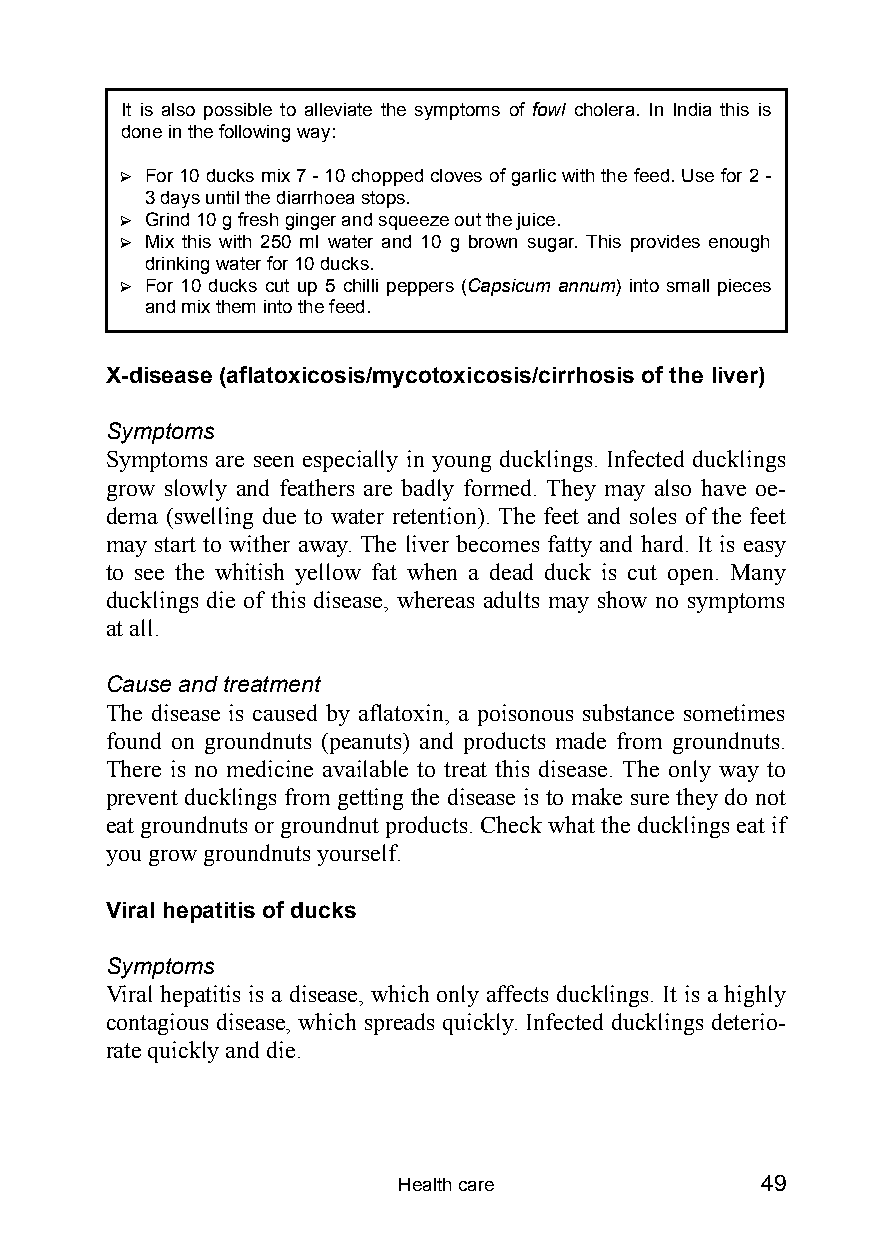
It is also possible to alleviate the symptoms of fowl cholera. In India this is
 done in the following way:
 ? For 10 ducks mix 7 - 10 chopped cloves of garlic with the feed. Use for 2 -
 3 days until the diarrhoea stops.
 ? Grind 10 g fresh ginger and squeeze out the juice.
 ? Mix this with 250 ml water and 10 g brown sugar. This provides enough
 drinking water for 10 ducks.
 ? For 10 ducks cut up 5 chilli peppers (Capsicum annum) into small pieces
 and mix them into the feed.
 X-disease (aflatoxicosis/mycotoxicosis/cirrhosis of the liver)
 Symptoms
 Symptoms are seen especially in young ducklings. Infected ducklings
 grow slowly and feathers are badly formed. They may also have oe-
 dema (swelling due to water retention). The feet and soles of the feet
 may start to wither away. The liver becomes fatty and hard. It is easy
 to see the whitish yellow fat when a dead duck is cut open. Many
 ducklings die of this disease, whereas adults may show no symptoms
 at all.
 Cause and treatment
 The disease is caused by aflatoxin, a poisonous substance sometimes
 found on groundnuts (peanuts) and products made from groundnuts.
 There is no medicine available to treat this disease. The only way to
 prevent ducklings from getting the disease is to make sure they do not
 eat groundnuts or groundnut products. Check what the ducklings eat if
 you grow groundnuts yourself.
 Viral hepatitis of ducks
 Symptoms
 Viral hepatitis is a disease, which only affects ducklings. It is a highly
 contagious disease, which spreads quickly. Infected ducklings deterio-
 rate quickly and die.
 Health care             49